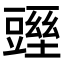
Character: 𧰁